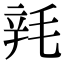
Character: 㲔